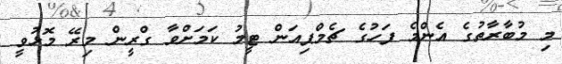
މި މުބާރާތުގެ އެންމެ ފަހުގެ ޗެމްޕިއަން ޓީމު ކަމަށްވާ ގްރީން މިރޭ މޮޅުވީ